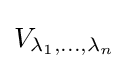
V_{\lambda _{1},\dots ,\lambda _{n}}